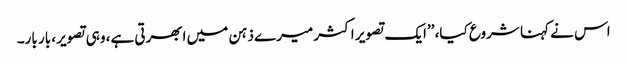
اس نے کہنا شروع کیا، ’’ایک تصویر اکثر میرے ذہن میں ابھرتی ہے، وہی تصویر، بار بار۔